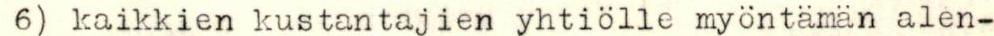
6) kaikkien kustantajien yhtiölle myöntämän alen-